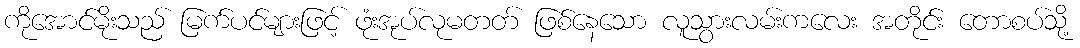
ကိုအောင်မိုးသည် မြက်ပင်များဖြင့် ဖုံးအုပ်လုမတတ် ဖြစ်နေသော လူသွားလမ်းကလေး အတိုင်း တောစပ်သို့